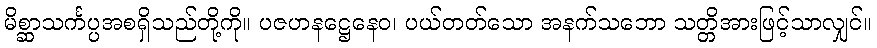
မိစ္ဆာသင်္ကပ္ပအစရှိသည်တို့ကို။ ပဇဟနဋ္ဌေနေဝ၊ ပယ်တတ်သော အနက်သဘော သတ္တိအားဖြင့်သာလျှင်။